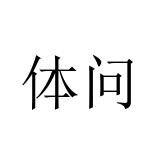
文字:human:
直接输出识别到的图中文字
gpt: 体问